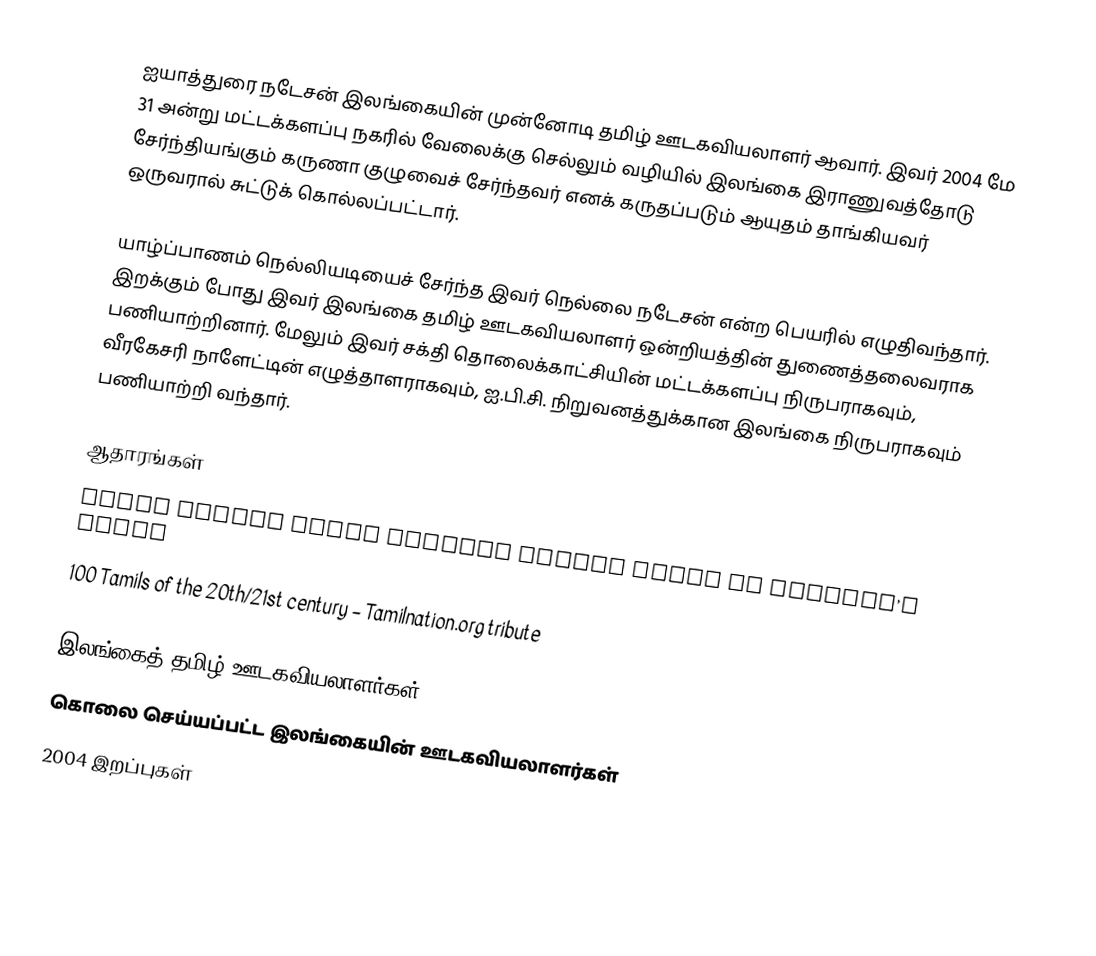
ஐயாத்துரை நடேசன் இலங்கையின் முன்னோடி தமிழ் ஊடகவியலாளர் ஆவார். இவர் 2004 மே 31 அன்று மட்டக்களப்பு நகரில் வேலைக்கு செல்லும் வழியில் இலங்கை இராணுவத்தோடு சேர்ந்தியங்கும் கருணா குழுவைச் சேர்ந்தவர் எனக் கருதப்படும் ஆயுதம் தாங்கியவர் ஒருவரால் சுட்டுக் கொல்லப்பட்டார்.

யாழ்ப்பாணம் நெல்லியடியைச் சேர்ந்த இவர் நெல்லை நடேசன் என்ற பெயரில் எழுதிவந்தார்.  இறக்கும் போது இவர் இலங்கை தமிழ் ஊடகவியலாளர் ஒன்றியத்தின் துணைத்தலைவராக பணியாற்றினார். மேலும் இவர் சக்தி தொலைக்காட்சியின் மட்டக்களப்பு நிருபராகவும், வீரகேசரி நாளேட்டின் எழுத்தாளராகவும், ஐ.பி.சி. நிறுவனத்துக்கான இலங்கை நிருபராகவும் பணியாற்றி வந்தார்.

ஆதாரங்கள்
  Human Rights Watch accuses Karuna group in Nadesan’s death
100 Tamils of the 20th/21st century – Tamilnation.org tribute

இலங்கைத் தமிழ் ஊடகவியலாளர்கள்
கொலை செய்யப்பட்ட இலங்கையின் ஊடகவியலாளர்கள்
2004 இறப்புகள்